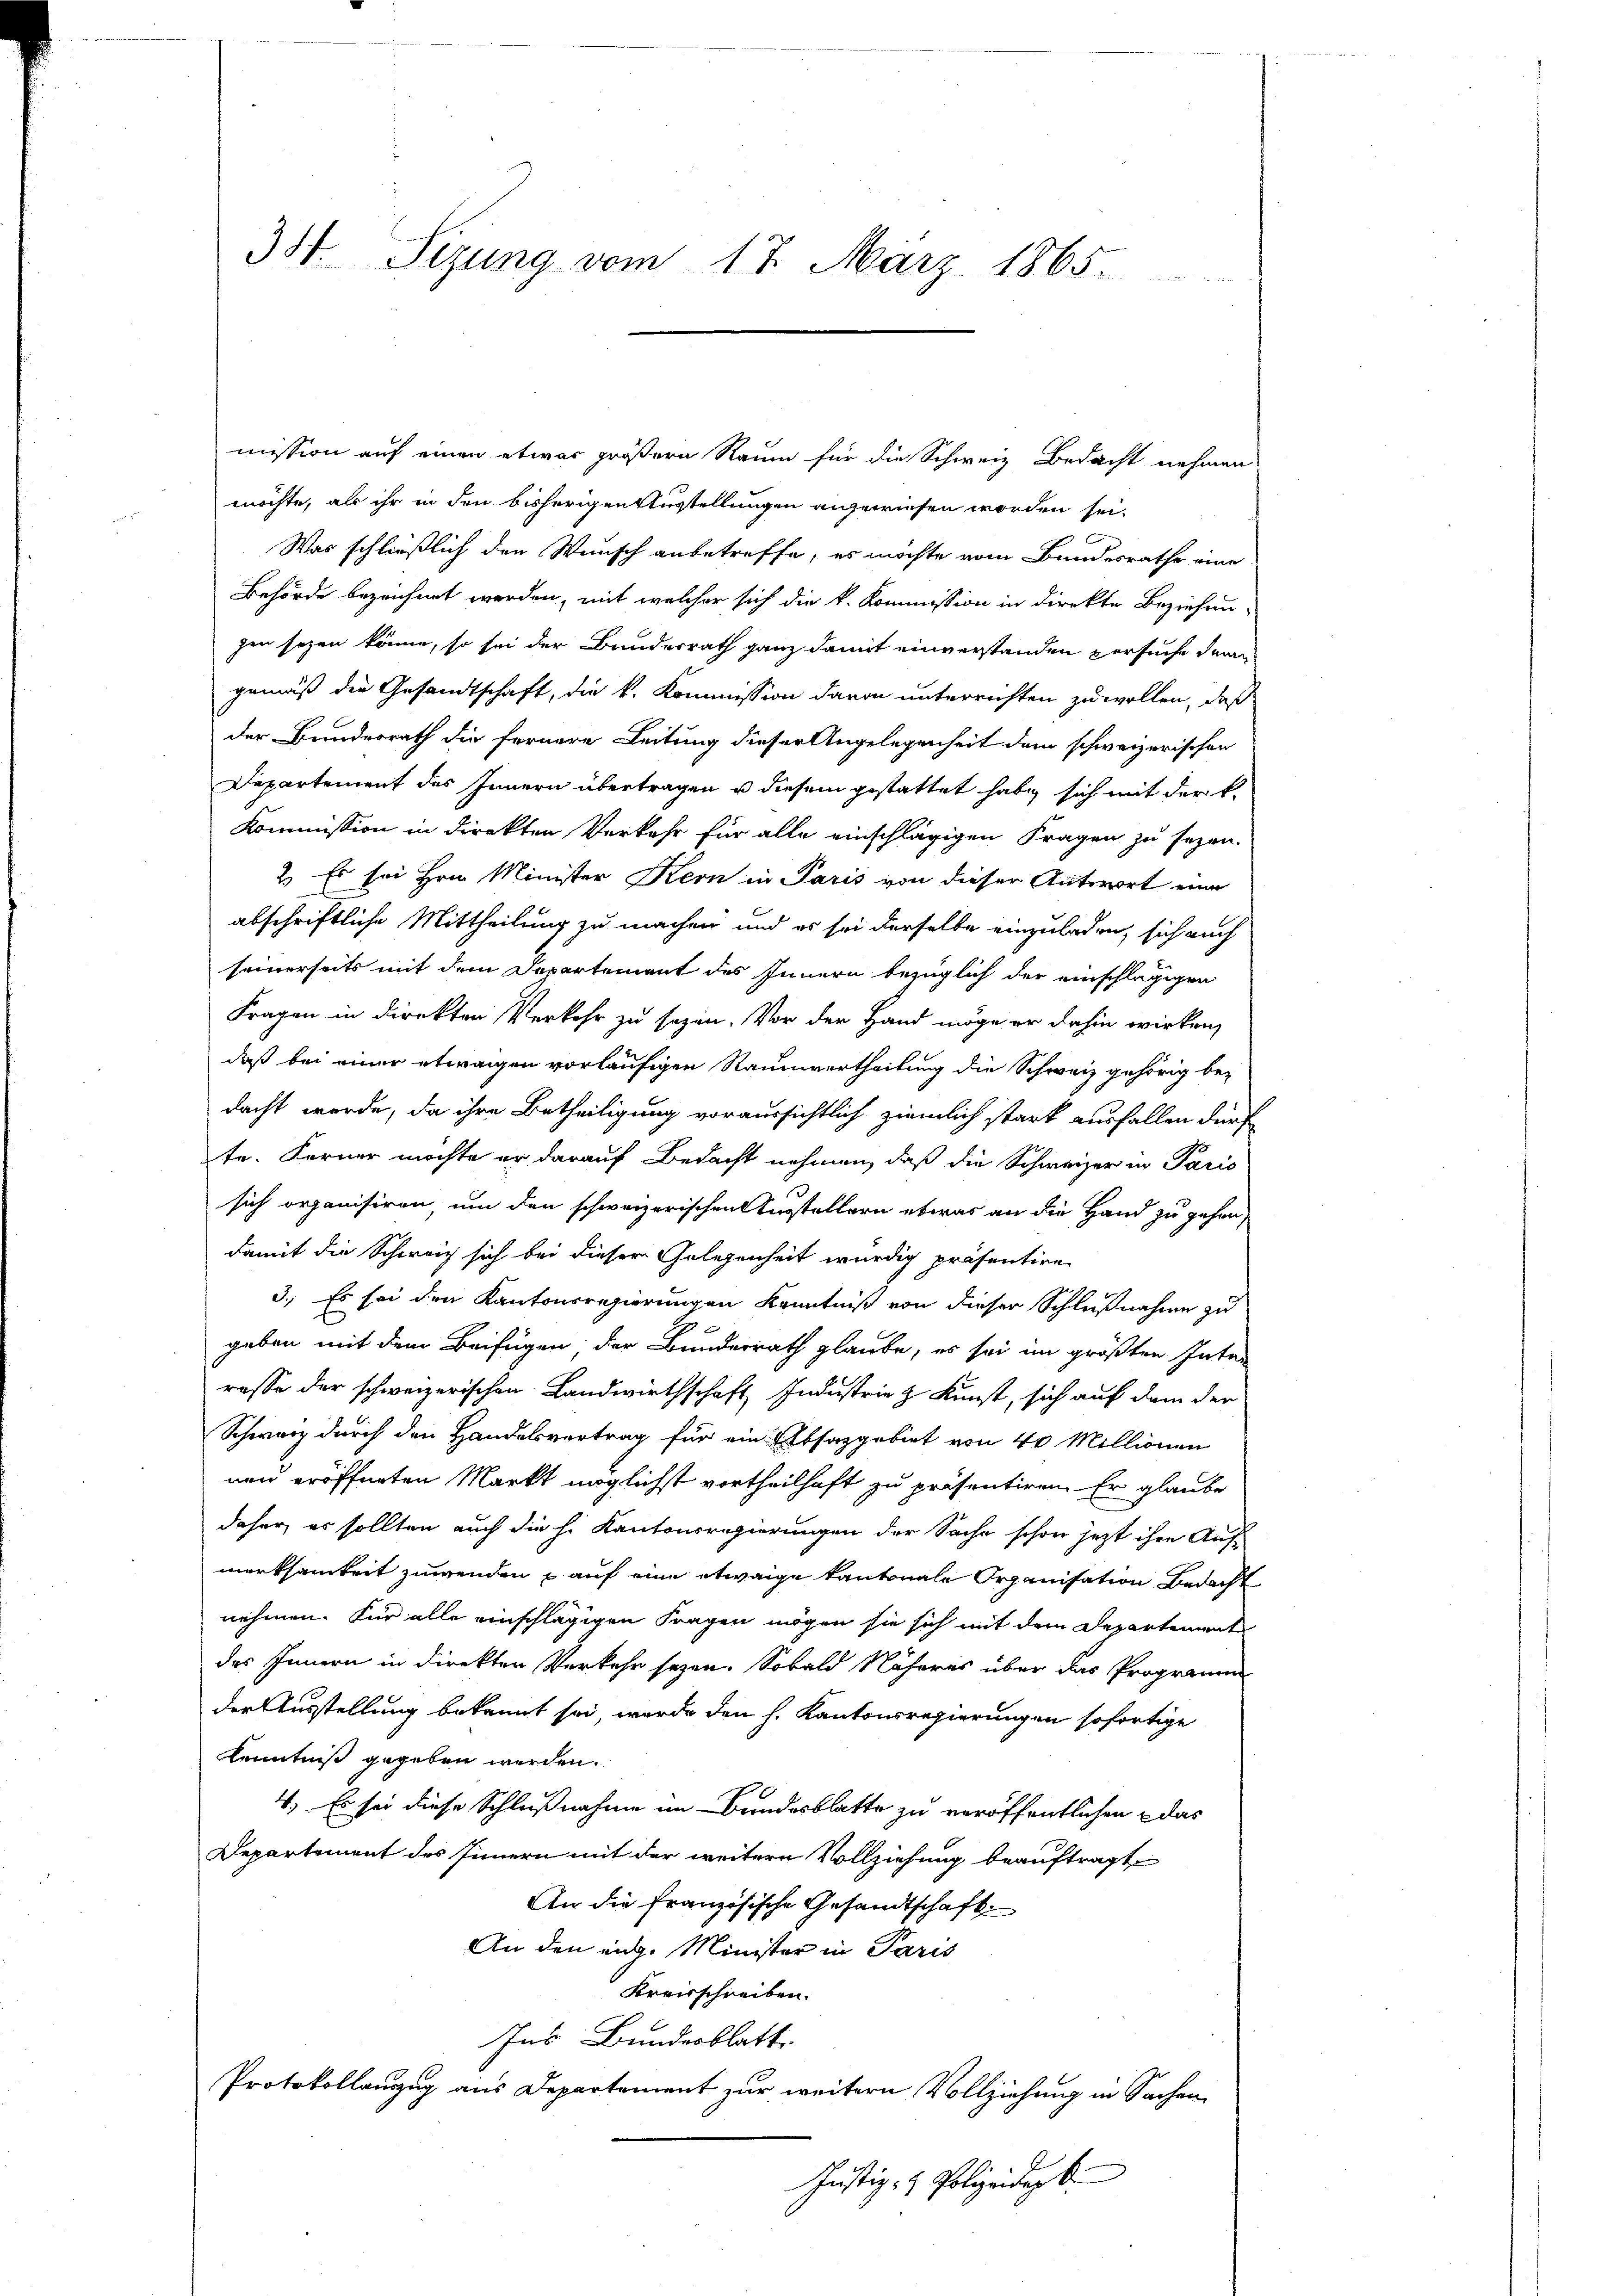
34. Sizung vom 17. März 1865.

mission auf einen etwas größern Raum für die Schweiz Bedacht nehmen
möchte, als ihr in den bisherigen Ausstellungen angewiesen worden sei.
Was schließlich den Wunsch anbetreffe, es möchte vom Bundesrathe eine
Behörde bezeichnet werden, mit welcher sich die k. Kommission in direkte Beziehun-
gen seyen könne, so sei der Bundesrath ganz damit einverstanden versuche dann
gemäß die Gesandtschaft, die k. Kommission davon unterrichten zu wollen, daß
der Bundesrath die fernere Leitung dieser Angelegenheit dem schweizerischen
Departement des Innern übertragen u diesem gestattet habe, sich mit der k.
Kommission in direkten Verkehr für alle einschlägigen Fragen zu sezen.
2. Es sei Hrn. Minister Kern in Paris von dieser Antwort eine
abschriftliche Mittheilung zu machen und es sei derselbe einzuladen, sich auch
seinerseits mit dem Departement des Innern bezüglich der einschlägigen
Fragen in direkten Verkehr zu sezen. Vor der Hand möge er dahin wirken,
daß bei einer etwaigen vorläufigen Raumvertheilung die Schweiz gehörig bedacht werde, da ihre Betheiligung voraussichtlich ziemlich stark ausfallen dürf
te. Ferner möchte er darauf Bedacht nehmen, daß die Schweizer in Paris
sich organisiren, um den schweizerischen Ausstellern etwas an die Hand zu gehen,
damit die Schweiz sich bei dieser Gelegenheit würdig präsentire
3.) Es sei den Kantonsregierungen Kenntniß von dieser Schlußnahme zu
.
geben mit dem Beifügen, der Banderrath glaube, es sei im größten Inter
rasse der schweizerischen Landwirthschaft, Industrie z. Kunst, sich auf dem der
Schwarz durch den Handelsvertrag für ein Erbsazgebiet von 40 Millionen
nen eröffneten Markt möglichst vortheilhaft zu präsentiren. Er glaube
daher, es sollten auch die h. Kantonsregierungen der Sache schon jetzt ihre Auf-
merksamkeit zuwenden & auf eine etwaige Kantonale Organisation Bedacht
nehmen. Für alle einschlägigen Fragen mögen sie sich mit dem Departement
des Innern in direkten Verkehr seyen. Sobald Näheres über das Programm
der Ausstellung bekannt sei, wurde den h. Kantonsregierungen sofortige
Kenntniß gegeben werden.
4. Es sei diese Schlußnahme im Bundesblatte zu veröffentlichen das
Departement des Innern mit der weitere Vollziehung beauftragt
An die Französische Gesandtschaft
An den eidg. Minister in Paris
Kreisschreiben.
Ins Bundesblatt.
Protokollanzug aus Departement zur weitern Vollziehung in Sachen
Justiz- & Polizeidigk